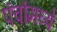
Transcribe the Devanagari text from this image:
पंचांमध्ये